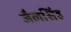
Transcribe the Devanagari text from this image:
जैलसिंह